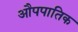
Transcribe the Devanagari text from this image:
औपपातिक